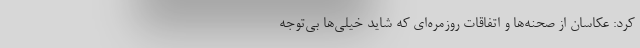
کرد: عکاسان از صحنه‌ها و اتفاقات روزمره‌ای که شاید خیلی‌ها بی‌توجه